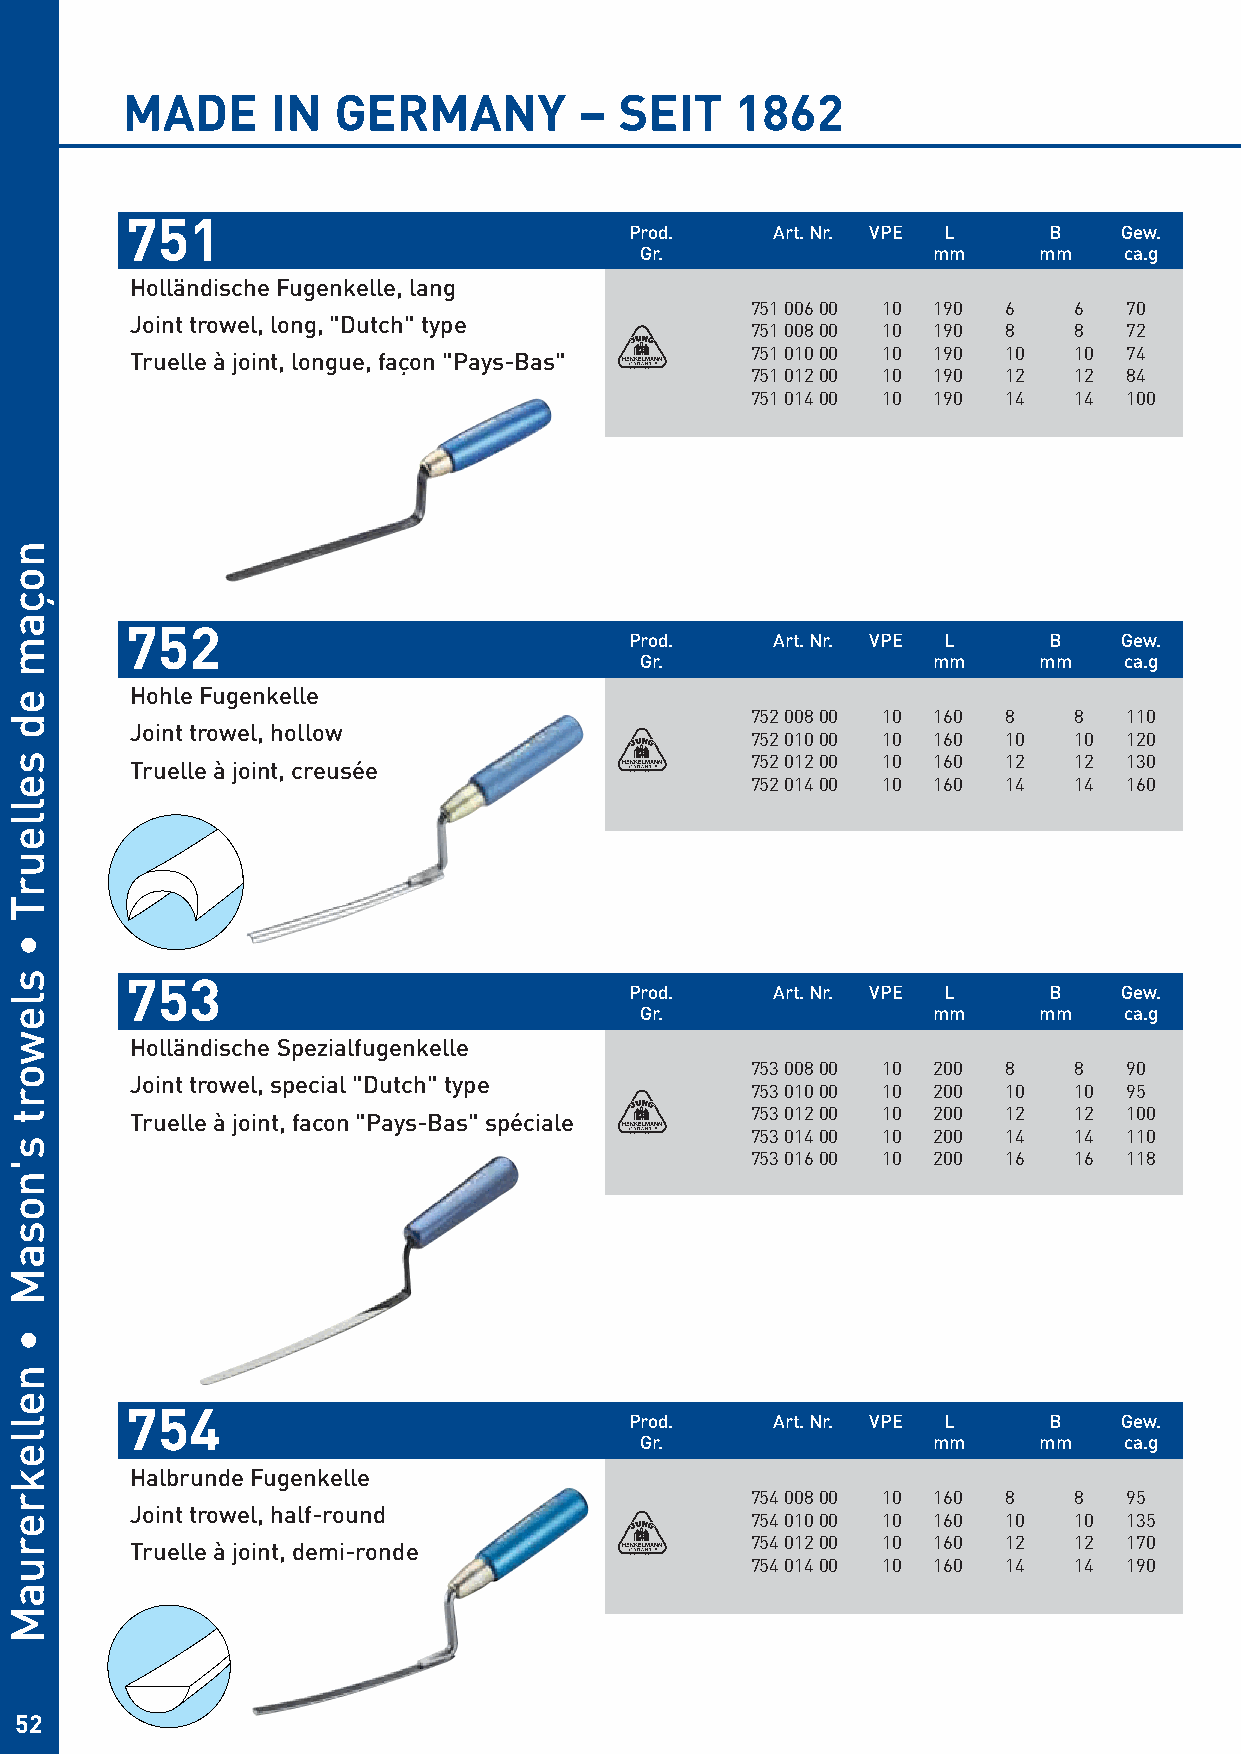
MADE      IN  GERMANY         –  SEIT    1862
 751
 Prod.    Art. Nr. VPE L    B    Gew.
 Gr.                 mm     mm   ca.g
 Holländische Fugenkelle, lang
 751 006 00 10 190 6  6   70
 Joint trowel, long, "Dutch" type
 751 008 00 10 190 8  8   72
 751 010 00 10 190 10 10  74
 Truelle à joint, longue, façon "Pays-Bas"
 751 012 00 10 190 12 12  84
 751 014 00 10 190 14 14  100
 752
 Prod.    Art. Nr. VPE L    B    Gew.
 Gr.                 mm     mm   ca.g
 Hohle Fugenkelle
 752 008 00 10 160 8  8   110
 Joint trowel, hollow
 752 010 00 10 160 10 10  120
 752 012 00 10 160 12 12  130
 Truelle à joint, creusée
 752 014 00 10 160 14 14  160
 753
 Prod.    Art. Nr. VPE L    B    Gew.
 Gr.                 mm     mm   ca.g
 Holländische Spezialfugenkelle
 753 008 00 10 200 8  8   90
 Joint trowel, special "Dutch" type
 753 010 00 10 200 10 10  95
 753 012 00 10 200 12 12  100
 Truelle à joint, facon "Pays-Bas" spéciale
 753 014 00 10 200 14 14  110
 753 016 00 10 200 16 16  118
 754
 Prod.    Art. Nr. VPE L    B    Gew.
 Gr.                 mm     mm   ca.g
 Halbrunde Fugenkelle
 754 008 00 10 160 8  8   95
 Joint trowel, half-round
 754 010 00 10 160 10 10  135
 754 012 00 10 160 12 12  170
 Truelle à joint, demi-ronde
 754 014 00 10 160 14 14  190
 52
 noçam
 ed
 selleurT
 •
 slewort
 s'nosaM
 •
 nellekreruaM